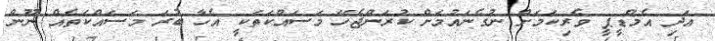
އަދި އެމްޑީޕީ ވެރިކަމަށް ނުގެނައުމަށް ކުރަންޖެހޭ މަސައްކަތަކީ އެހާ ބުރަ މަސައްކަތެއް ނޫން